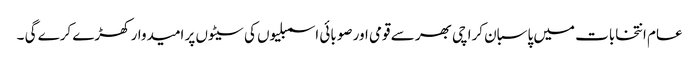
عام انتخابات میں پاسبان کراچی بھر سے قومی اور صوبائی اسمبلیوں کی سیٹوں پر امیدوار کھڑے کرے گی ۔